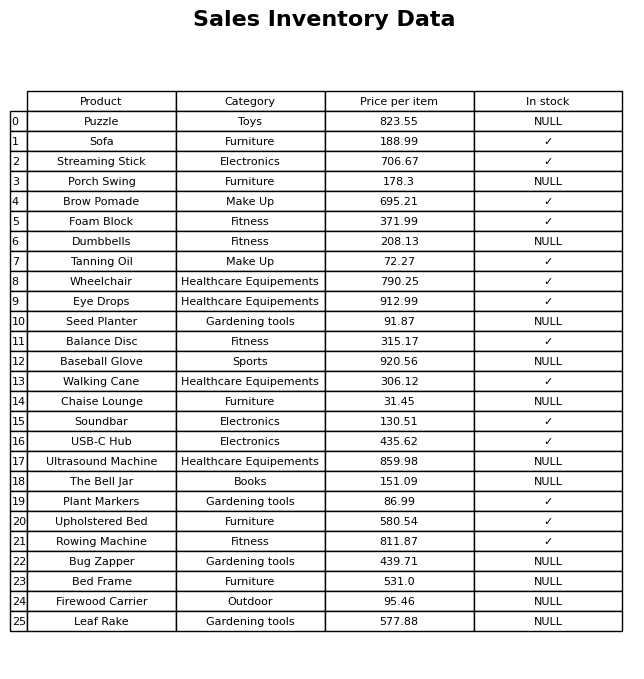
question: What is the price for Ultrasound Machine?
answer: The price of Ultrasound Machine is 859.98.